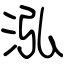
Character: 泓